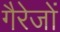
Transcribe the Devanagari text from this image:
गैरेजों